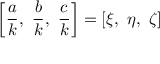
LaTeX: \left[ { \frac { a } { k } } , \ { \frac { b } { k } } , \ { \frac { c } { k } } \right] = \left[ \xi , \ \eta , \ \zeta \right]